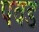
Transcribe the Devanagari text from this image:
पवड